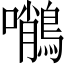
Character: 𪄨